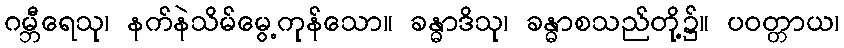
ဂမ္ဘီရေသု၊ နက်နဲသိမ်မွေ့ကုန်သော။ ခန္ဓာဒိသု၊ ခန္ဓာစသည်တို့၌။ ပဝတ္တာယ၊